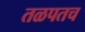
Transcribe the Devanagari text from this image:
तळपतच